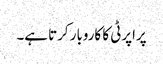
پراپرٹی کا کاروبار کرتا ہے۔